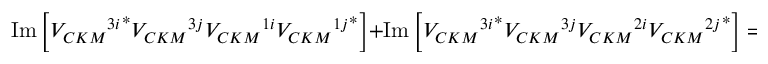
\mathrm { I m } \left[ { { V _ { C K M } } ^ { 3 i } } ^ { \ast } { V _ { C K M } } ^ { 3 j } { V _ { C K M } } ^ { 1 i } { { V _ { C K M } } ^ { 1 j } } ^ { \ast } \right] + \mathrm { I m } \left[ { { V _ { C K M } } ^ { 3 i } } ^ { \ast } { V _ { C K M } } ^ { 3 j } { V _ { C K M } } ^ { 2 i } { { V _ { C K M } } ^ { 2 j } } ^ { \ast } \right] = 0 \: .